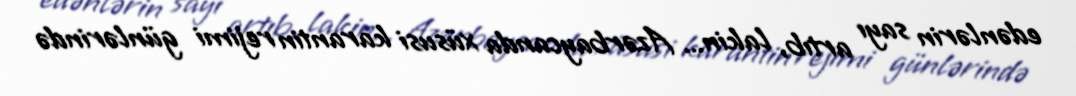
edənlərin sayı artıb, lakin... Azərbaycanda xüsusi karantin rejimi günlərində